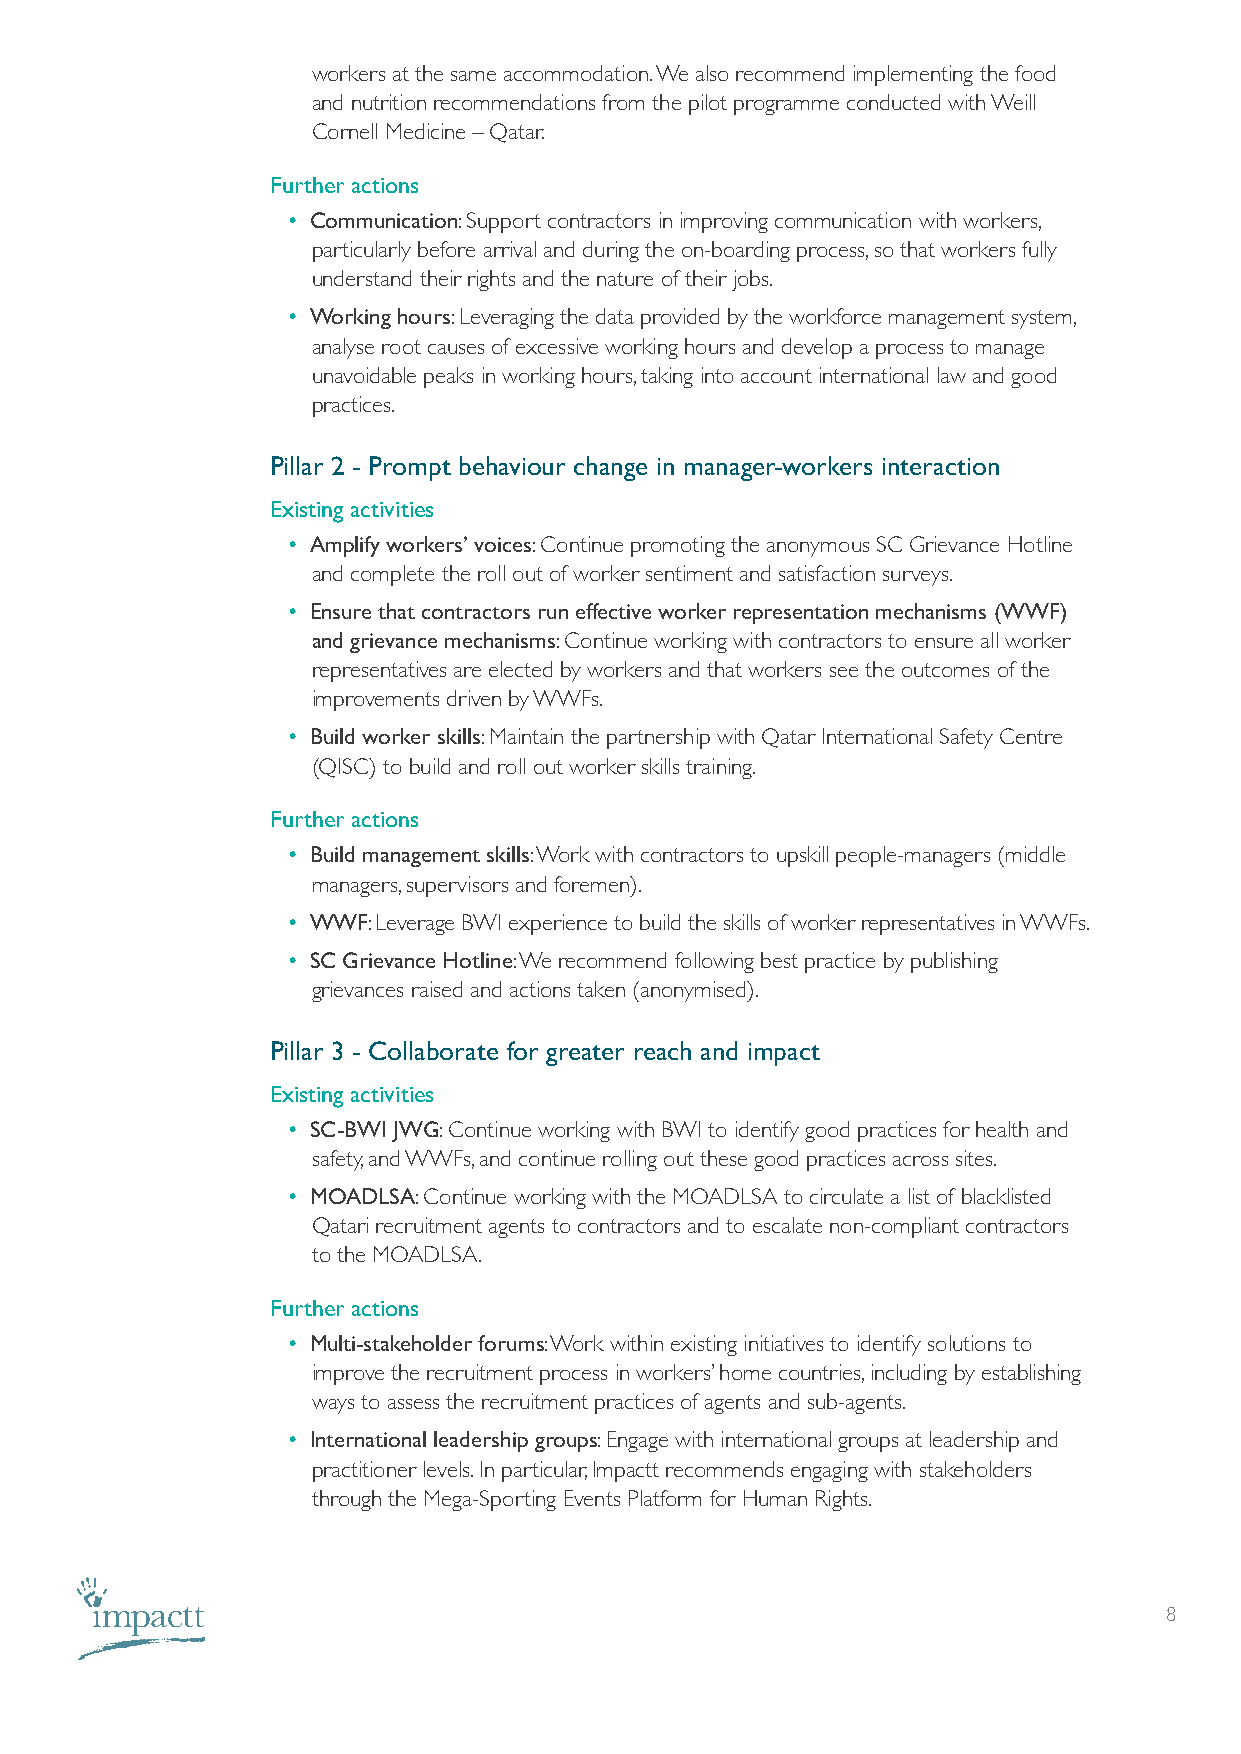
workers at the same accommodation. We also recommend implementing the food
 and nutrition recommendations from the pilot programme conducted with Weill
 Cornell Medicine – Qatar.
 Further actions
 • Communication: Support contractors in improving communication with workers,
 particularly before arrival and during the on-boarding process, so that workers fully
 understand their rights and the nature of their jobs.
 • Working hours: Leveraging the data provided by the workforce management system,
 analyse root causes of excessive working hours and develop a process to manage
 unavoidable peaks in working hours, taking into account international law and good
 practices.
 Pillar 2 - Prompt behaviour change in manager-workers interaction
 Existing activities
 • Amplify workers’ voices: Continue promoting the anonymous SC Grievance Hotline
 and complete the roll out of worker sentiment and satisfaction surveys.
 • Ensure that contractors run effective worker representation mechanisms (WWF)
 and grievance mechanisms: Continue working with contractors to ensure all worker
 representatives are elected by workers and that workers see the outcomes of the
 improvements driven by WWFs.
 • Build worker skills: Maintain the partnership with Qatar International Safety Centre
 (QISC) to build and roll out worker skills training.
 Further actions
 • Build management skills: Work with contractors to upskill people-managers (middle
 managers, supervisors and foremen).
 • WWF: Leverage BWI experience to build the skills of worker representatives in WWFs.
 • SC Grievance Hotline: We recommend following best practice by publishing
 grievances raised and actions taken (anonymised).
 Pillar 3 - Collaborate for greater reach and impact
 Existing activities
 • SC-BWI JWG: Continue working with BWI to identify good practices for health and
 safety, and WWFs, and continue rolling out these good practices across sites.
 • MOADLSA: Continue working with the MOADLSA to circulate a list of blacklisted
 Qatari recruitment agents to contractors and to escalate non-compliant contractors
 to the MOADLSA.
 Further actions
 • Multi-stakeholder forums: Work within existing initiatives to identify solutions to
 improve the recruitment process in workers’ home countries, including by establishing
 ways to assess the recruitment practices of agents and sub-agents.
 • International leadership groups: Engage with international groups at leadership and
 practitioner levels. In particular, Impactt recommends engaging with stakeholders
 through the Mega-Sporting Events Platform for Human Rights.
 8